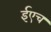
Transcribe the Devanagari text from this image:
ईएच